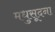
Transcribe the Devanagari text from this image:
मधुसूदना